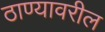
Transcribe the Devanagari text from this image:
ठाण्यावरील